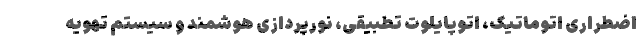
اضطراری اتوماتیک، اتوپایلوت تطبیقی، نورپردازی هوشمند و سیستم تهویه